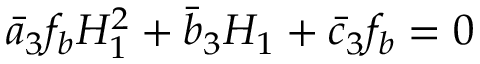
\bar { a } _ { 3 } f _ { b } H _ { 1 } ^ { 2 } + \bar { b } _ { 3 } H _ { 1 } + \bar { c } _ { 3 } f _ { b } = 0